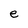
Character: e